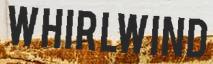
WHIRLWIND